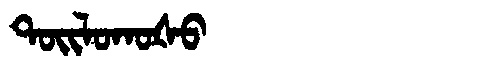
Manchu: ᡨᠣᡳᠯᠣᡴᠣᡧᠣ
Romanization: TOILOKOŠO